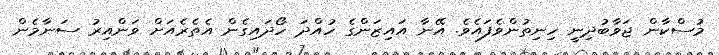
މުސްކާން ޖަވާބުދިނީ ހިނިތުންވެފައެވެ. އޭނާ އައިޒަންގެ ހުއްދަ ހޯދައިގެން އެތެރެއަށް ވަންއިރު ސަނާމެން